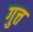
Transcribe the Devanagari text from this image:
गुत्त